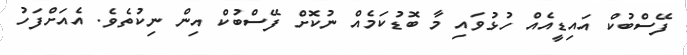
ފޭސްބުކް އައިޑީއެއް ހުޅުވައި މާ ބޮޑުކަމެއް ނުކޮށް ފޭސްބުކް އިން ނިކުތެވެ. އެއަށްފަހު